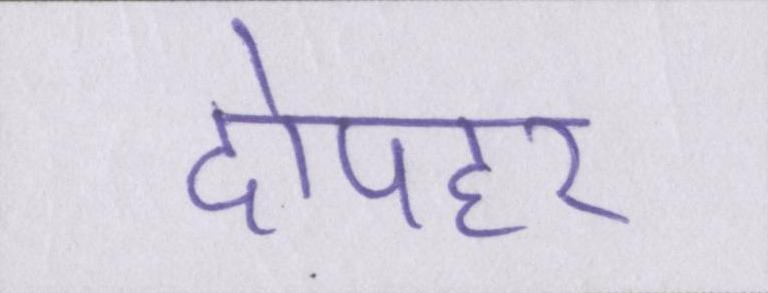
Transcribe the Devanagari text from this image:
दोपहर